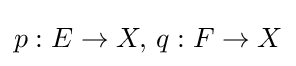
p:E\to X,\,q:F\to X